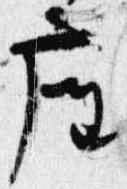
座